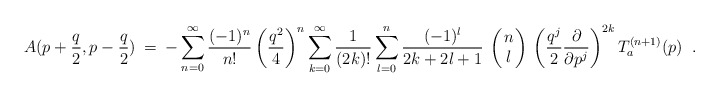
\begin{align*}A(p+\frac{q}{2}, p-\frac{q}{2}) \:=\: -\sum_{n=0}^\infty \frac{(-1)^n}{n!} \left(\frac{q^2}{4} \right)^n \sum_{k=0}^\infty \frac{1}{(2k)!} \sum_{l=0}^n \frac{(-1)^l}{2k+2l+1} \: \left(\!\! \begin{array}{c} n \\ l \end{array} \!\!\right) \: \left(\frac{q^j}{2} \frac{\partial}{\partial p^j}\right)^{2k} T_a^{(n+1)}(p) \;\; .\end{align*}